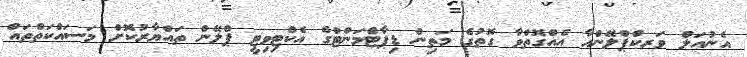
އެނުއަލް ވަރކްޕްލޭންއާ އެއްގޮތްވާ ގޮތުގެ މަތިން ޑިޕާޓްމަންޓްގެ އެކްޓިވިޓީ ޕްލޭން ތައްޔާރުކޮށް މަސައްކަތްތައް